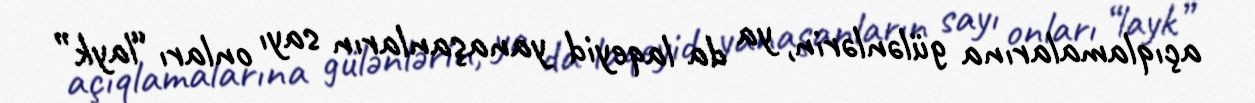
açıqlamalarına gülənlərin, ya da laqeyid yanaşanların sayı onları “layk”